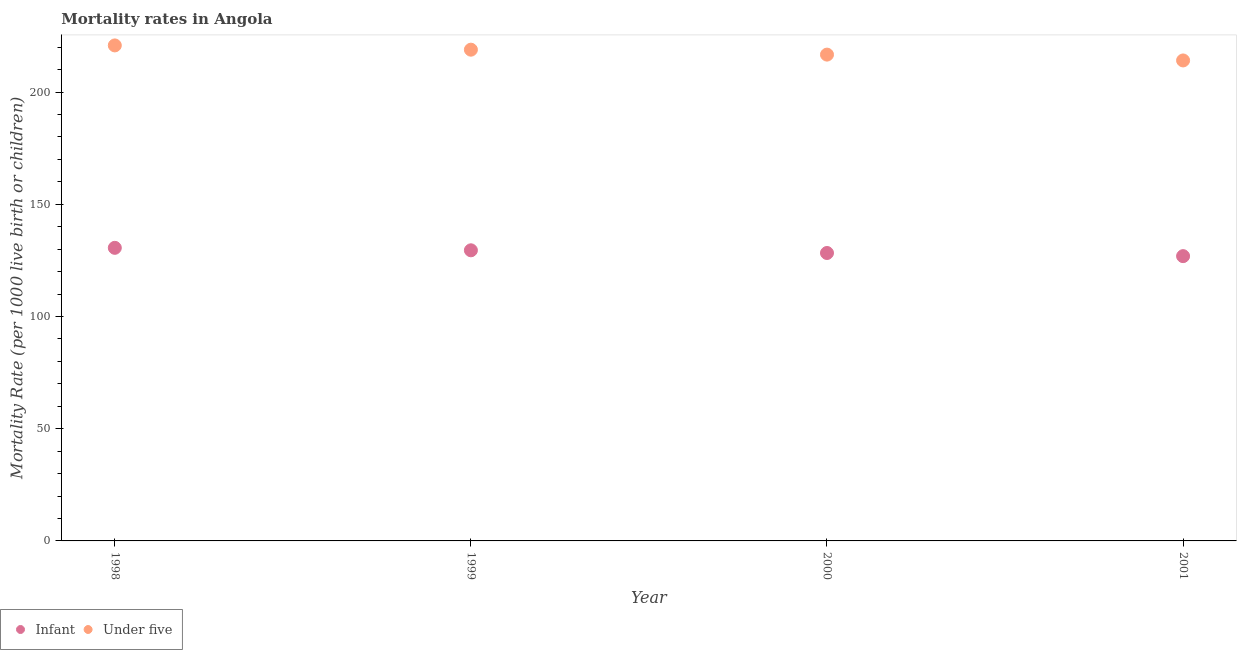
| Year | Infant | Under five |
 | --- | --- | --- |
 | 1998 | 131 | 221 |
 | 1999 | 130 | 219 |
 | 2000 | 128 | 217 |
 | 2001 | 127 | 214 |